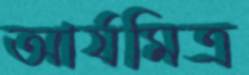
আর্যমিত্র